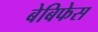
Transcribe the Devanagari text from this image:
बेबिफेस